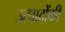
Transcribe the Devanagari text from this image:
उत्पादोंकी